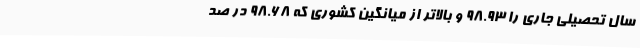
سال تحصیلی جاری را 98.93 و بالاتر از میانگین کشوری که 98.68 در صد